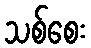
သစ်စေး